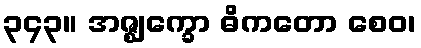
၃၄၃။ အဇ္ဈက္ခော ဓိကတော စေဝ၊